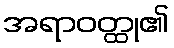
အရာဝတ္ထု၏